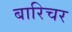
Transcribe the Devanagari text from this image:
बारिचर